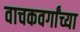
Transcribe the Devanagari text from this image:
वाचकवर्गांच्या